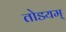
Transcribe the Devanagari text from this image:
तोडयम्